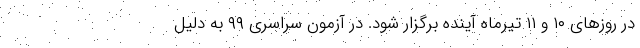
در روزهای ۱۰ و ۱۱ تیرماه آینده برگزار شود. در آزمون سراسری ۹۹ به دلیل